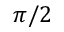
\pi / 2